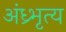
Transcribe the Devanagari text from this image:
अंध्र्भृत्य